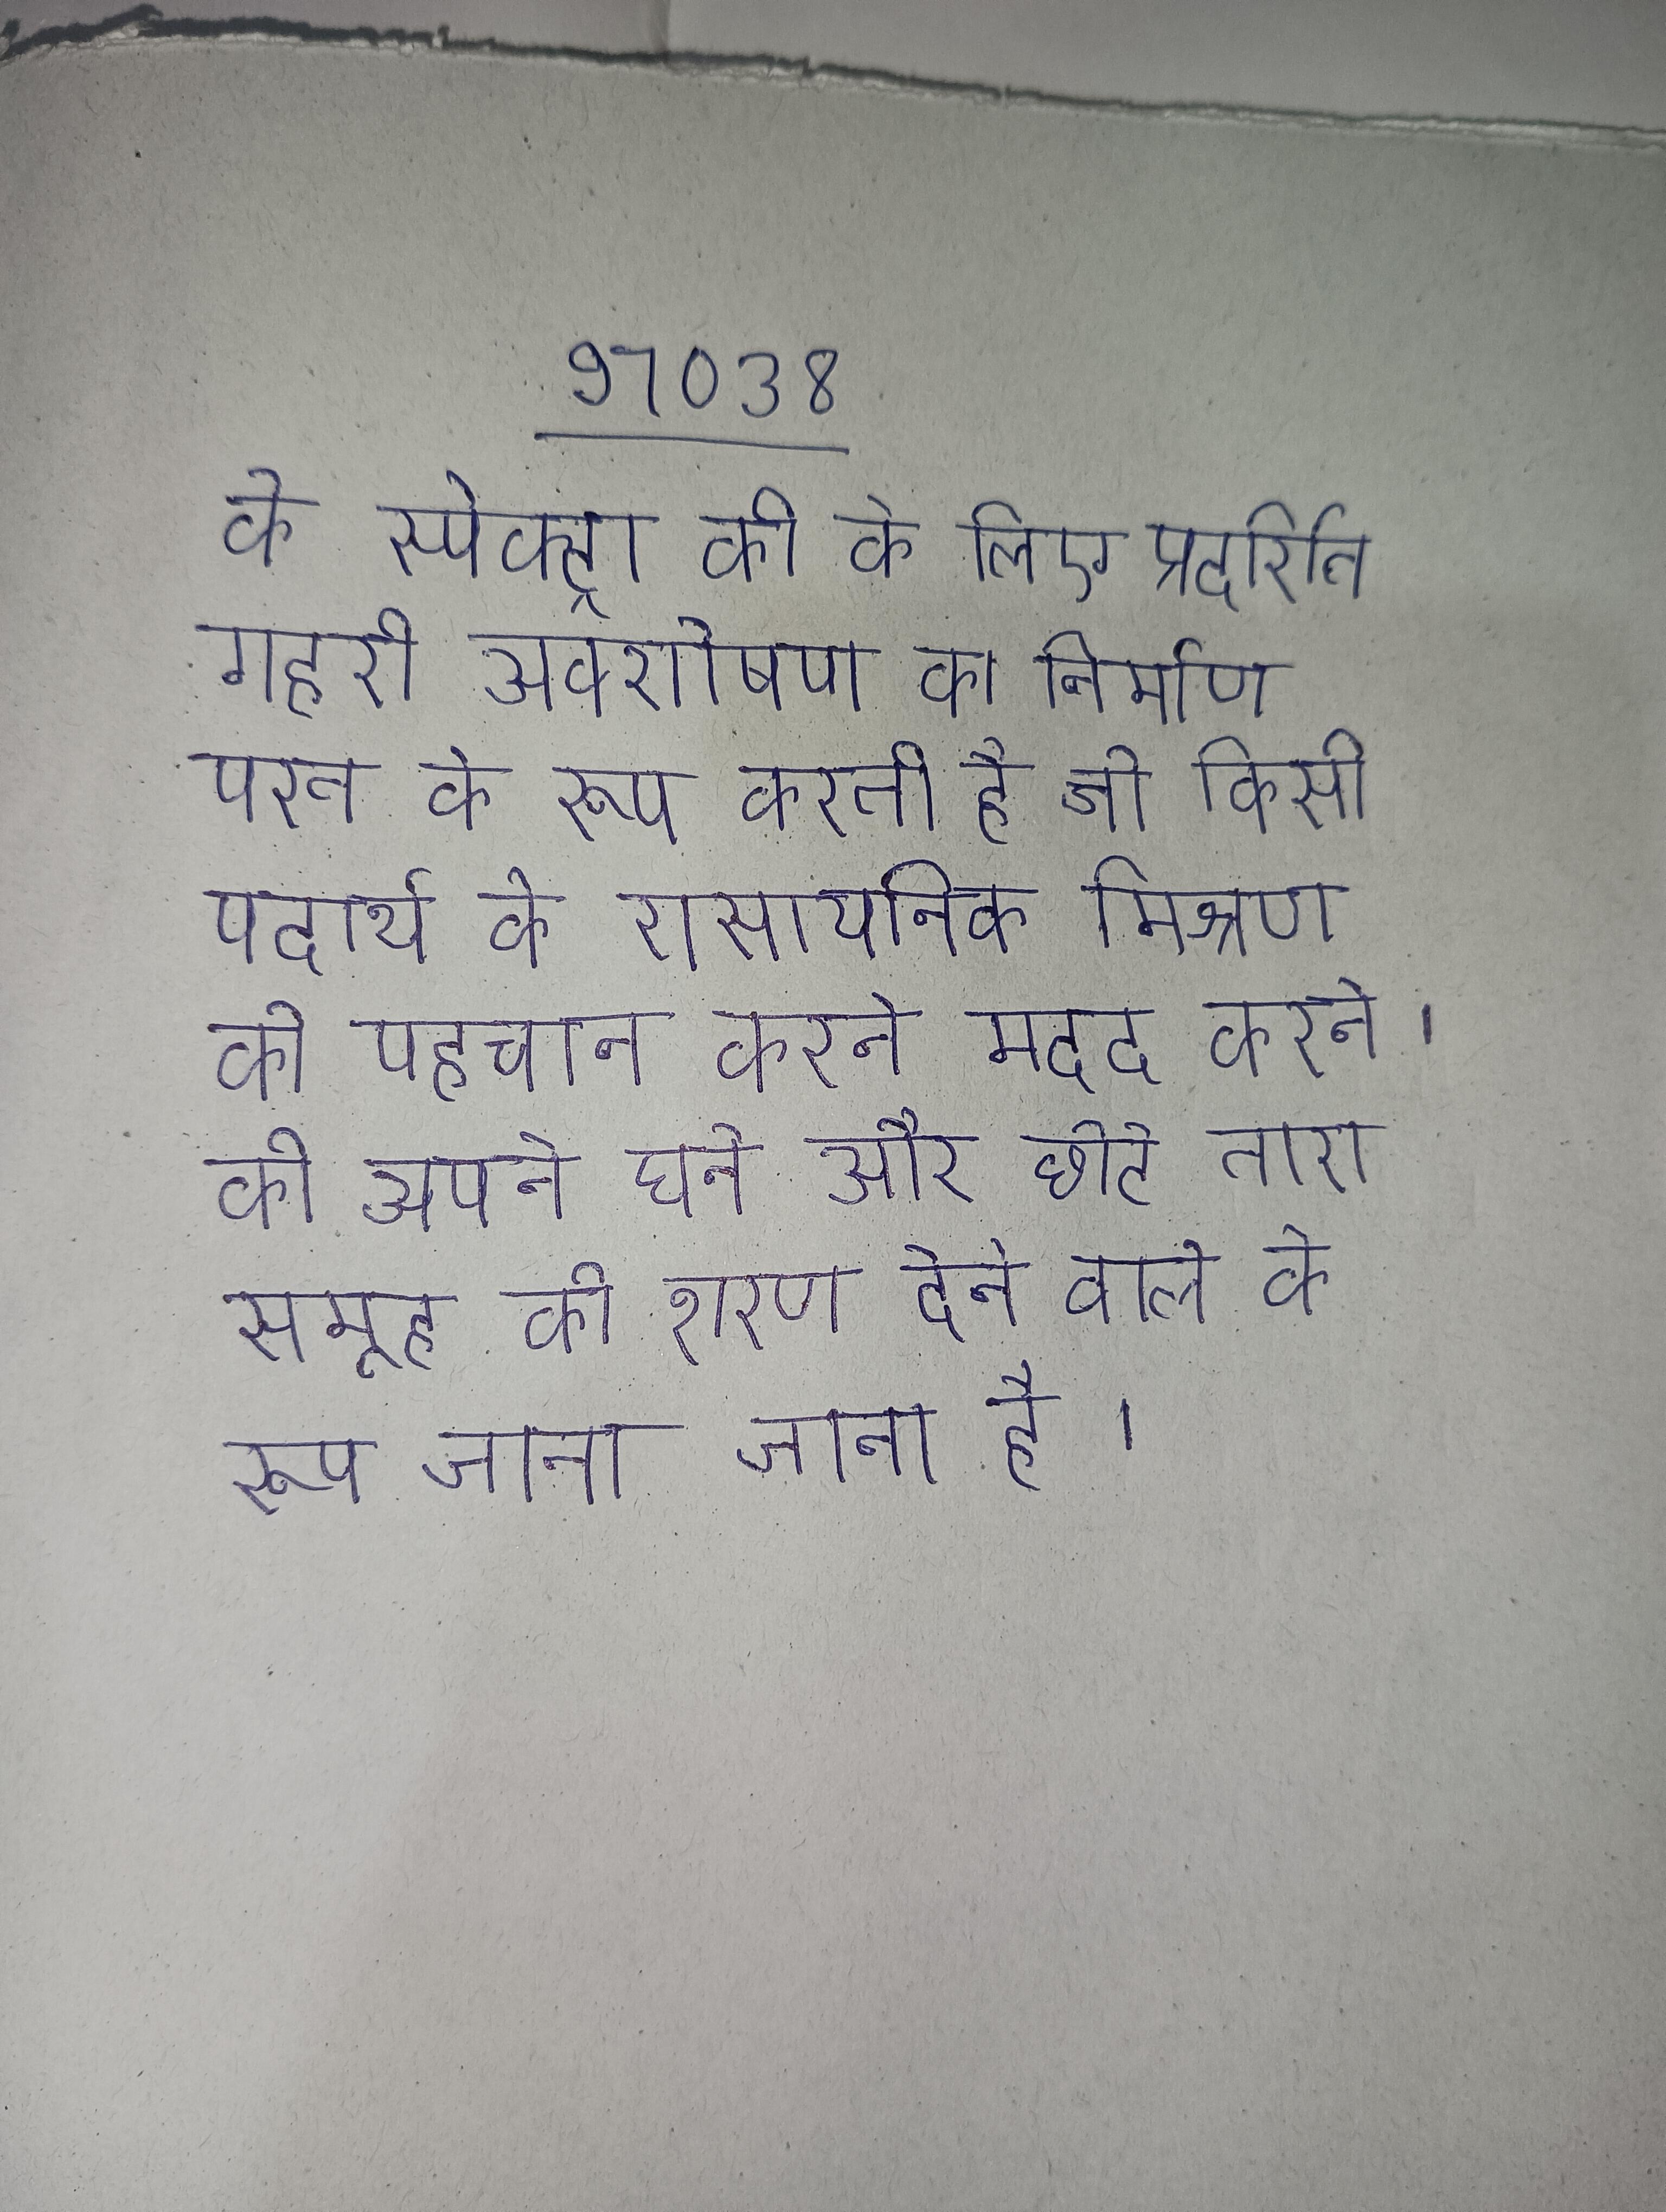
के स्पेक्ट्रा की के लिए प्रदर्शित गहरी अवशोषण का निर्माण परत के रूप करती है जो किसी पदार्थ के रासायनिक मिश्रण की पहचान करने मदद करते । को अपने घने और छोटे तारा समूह को शरण देने वाले के रूप जाना जाता है ।